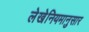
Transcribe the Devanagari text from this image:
लेखेनियमानुसार